Vital statistics of India. Vol. IV, Annual returns from 1871 to 1876. British Army of India, Native Army and jails of Bengal
Year: 1871
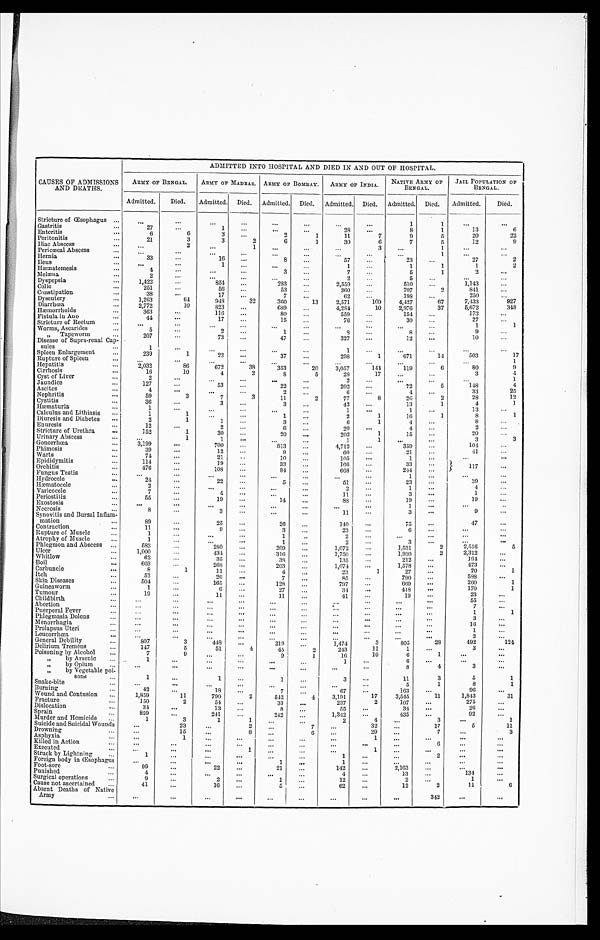
CAUSES OF ADMISSIONS
AND DEATHS.
A D M I T T E D I N T O H O S P I T A L A N D D I E D I N A N D O U T O F H O S P I T A L .
ARMY OF BENGAL.
ARMY OF MADRAS. ARMY OF BOMBAY.
ARMY OF INDIA.
NATIVE ARMY OF
BENGAL.
JAIL POPULATION
OF
BENGAL.
Admitted.
Died.
Admitted.
Died.
Admitted.
Died.
Admitted.
Died.
Admitted.
Died.
Admitted.
Died.
Stricture of Œsophagus . . .
. . .
. . .
. . .
. . .
. . .
. . .
. . .
. . .
1
1
. . .
. . .
Gastritis . . .
27
. . .
1
. . .
. . .
. . .
28
. . .
8
1
13
6
Enteritis . . .
6
6
3
. . .
2
1
11
7
9
5
20
2 2
Peritonitis . . .
21
3
3
2
6
1
30
6
7
5
12
9
Iliac Abscess . . .
. . .
2
. . .
1
. . .
. . .
. . .
3
. . .
1
. . .
. . .
Pericœcal Absces . . .
. . .
. . .
. . .
. . .
. . .
. . .
. . .
. . .
. . .
1
. . .
. . .
Hernia . . .
33
. . .
16
. . .
8
. . .
57
. . .
23
. . .
27
2
Ileus . . .
. . .
. . .
1
. . .
. . .
. . .
1
. . .
1
1
1
2
Hæmatemesis . . .
4
. . .
. . .
. . .
3
. . .
7
. . .
5
1
2
. . .
Melæna . . .
2
. . .
. . .
. . .
. . .
. . .
2
. . .
5
. . .
. . .
. . .
Dyspepsia . . .
1,422
. . .
854
. . .
283
. . .
2,559
. . .
510
. . .
1,143
. . .
Colic . . .
251
. . .
56
. . .
53
. . .
360
. . .
707
2
841
. . .
Constipation . . .
38
. . .
17
. . .
7
. . .
62
. . .
198
. . .
250
. . .
Dysentery . . .
1,263
64
948
32
360
13
2,571
109
4,427
67
7,433
927
Diarrhœa . . .
2,772
10
823
. . .
689
. . .
4,284
10
2,976
37
5,672
348
Hæmorrhoids . . .
363
. . .
116
. . .
80
. . .
559
. . .
154
. . .
173
. . .
Fistula in Ano . . .
44
. . .
17
. . .
15
. . .
76
. . .
30
. . .
27
. . .
Stricture of Rectum . . .
. . .
. . .
. . .
. . .
. . .
. . .
. . .
. . .
. . .
. . .
1
1
Worms, Ascarides . . .
5
. . .
2
. . .
1
. . .
8
. . .
8
. . .
9
. . .
" Tapeworm . . .
207
. . .
73
. . .
47
. . .
327
. . .
12
. . .
10
. . .
Disease of Supra-renal Cap-
sules . . .
1
. . .
. . .
. . .
. . .
. . .
1
. . .
. . .
. . .
. . .
. . .
Spleen Enlargement . . .
239
1
22
. . .
37
. . .
298
1
671
14
503 17
Rupture of Spleen . . .
. . .
. . .
. . .
. . .
. . .
. . .
. . .
. . .
. . .
. . .
. . .
1
Hepatitis . . .
2,032
86
672
38
353
20
3,057
144
119
6
80 9
Cirrhosis . . .
16
10
4
2
8
5
28
17
. . .
. . .
3
4
Cyst of Liver . . .
2
. . .
. . .
. . .
. . .
. . .
2
. . .
. . .
. . .
. . .
1
Jaundice . . .
127
. . .
53
. . .
22
. . .
202
. . .
72
5
148
4
Ascites . . .
4
. . .
. . .
. . .
2
. . .
6
. . .
4
. . .
3 3
2 5
Nephritis . . .
59
3
7
3
1 1
2
77
8
26
2
28
1 2
Cystitis . . .
36
. . .
3
. . .
3
. . .
42
. . .
13
1
4 1
Hæmaturia . . .
1
. . .
. . .
. . .
. . .
. . .
1
. . .
1
. . .
13
. . .
Calculus and Lithiasis . . .
1
1
. . .
. . .
1
. . .
2
1
16
1
8
1
Diuresis and Diabetes . . .
2
1
1
. . .
3
. . .
6
1
4
. . .
8
. . .
Enuresis . . .
12
. . .
2
. . .
6
. . .
20
. . .
4
. . .
2
. . .
Stricture of Urethra . . .
152
1
30
. . .
20
. . .
202
1
15
. . .
2 0
. . .
Urinary Abscess . . .
. . .
1
1
. . .
. . .
. . .
1
1
. . .
. . .
3
. . .
Gonorrhœa . . .
3,199
. . .
700
. . .
813
. . .
4,712
. . .
359
. . .
104
. . .
Phimosis . . .
39
. . .
12
. . .
9
. . .
60
. . .
21
. . .
41
. . .
Warts . . .
74
. . .
21
. . .
10
. . .
105
. . .
1
. . .
. . .
. . .
Epididymitis . . .
114
. . .
19
. . .
33
. . .
166
. . .
33
. . .
117
. . .
Orchitis . . .
476
. . .
108
. . .
84
. . .
668
. . .
244
. . .
Fungus Testis . . .
. . .
. . .
. . .
. . .
. . .
. . .
. . .
. . .
1
. . .
. . .
. . .
Hydrocele . . .
24
. . .
2 2
. . .
5
. . .
51
. . .
23
. . .
39
. . .
Hæmatocele . . .
2
. . .
. . .
. . .
. . .
. . .
2
. . .
1
. . .
4
. . .
V a r i c o c e l e . . .
7
. . .
4
. . .
. . .
. . .
11
. . .
3
. . .
1
. . .
Periostitis . . .
55
. . .
19
. . .
14
. . .
88
. . .
19
. . .
19
. . .
Exostosis . . .
. . .
. . .
. . .
. . .
. . .
. . .
. . .
. . .
1
. . .
. . .
. . .
Necrosis . . .
8
. . .
3
. . .
. . .
. . .
11
. . .
3
. . .
9 . . .
Synovitis and Bursal Inflam
-
mation . . .
89
. . .
25
. . .
26
. . .
140
. . .
75
. . .
47 . . .
Contraction . . .
11
. . .
9
. . .
3
. . .
23
. . .
6
. . .
. . .
. . .
Rupture of Muscle . . .
1
. . .
. . .
. . .
1
. . .
2
. . .
. . .
. . .
. . .
. . .
Atrophy of Muscle . . .
1
. . .
. . .
. . .
1
. . .
2
. . .
3
. . .
. . .
. . .
Phlegmon and Abscess . . .
583
. . .
280
. . .
209
. . .
1,072
. . .
1,531
2
2,516 5
Ulcer . . .
1,000
. . .
434
. . .
316
. . .
1,750
. . .
1,930
2
2,312
. . .
Whitlow . . .
62
. . .
35
. . .
38
. . .
1 3 5
. . .
212
. . .
194
. . .
Boil . . .
603
. . .
268
. . .
203
. . .
1,074
. . .
1,578
. . .
4 7 3
. . .
Carbuncle . . .
8
1
11
. . .
4
. . .
23
1
27
. . .
7 0
1
Itch \. . .
52
. . .
26
. . .
7
. . .
85
. . .
790
. . .
5 8 8
. . .
Skin Diseases . . .
504
. . .
165
. . .
128
. . .
797
. . .
669
. . .
260
1
Guineaworm . . .
1
. . .
6
. . .
27
. . .
34
. . .
418
. . .
1 7 0 1
Tumour . . .
19
. . .
11
. . .
11
. . .
41
. . .
19
. . .
2 3
. . .
Childbirth . . .
. . .
. . .
. . .
. . .
. . .
. . .
. . .
. . .
. . .
. . .
55
. . .
Abortion . . .
. . .
. . .
. . .
. . .
. . .
. . .
. . .
. . .
. . .
. . .
7
. . .
Puerperal Fever . . .
. . .
. . .
. . .
. . .
. . .
. . .
. . .
. . .
. . .
. . .
1 1
Phlegmasia Dolens . . .
. . .
. . .
. . .
. . .
. . .
. . .
. . .
. . .
. . .
. . .
3
. . .
Menorrhagia . . .
. . .
. . .
. . .
. . .
. . .
. . .
. . .
. . .
. . .
. . .
1 6
. . .
Prolapsus Uteri . . .
. . .
. . .
. . .
. . .
. . .
. . .
. . .
. . .
. . .
. . .
1
. . .
Leucorrhœa . . .
. . .
. . .
. . .
. . .
. . .
. . .
. . .
. . .
. . .
. . .
2
. . .
General Debility . . .
807
3
448
. . .
219
. . .
1,474
3
805
28
492
124
Delirium Tremens . . .
1 4 7
5
51
4
45
2
243
11
1
. . .
3
. . .
Poisoning by Alcohol . . .
7
9
. . .
. . .
9
1
16
10
6
1
. . .
. . .
" by Arsenic . . .
1
. . .
. . .
. . .
. . . . . .
1
. . .
6
. . .
. . .
. . .
" by Opium . . .
. . .
. . .
. . .
. . .
. . .
. . .
. . .
. . .
8
4
3
. . .
" by Vegetable poi-
s o n s . . .
1
. . .
1
. . .
1
. . .
3
. . .
11
3
5
1
Snake-bite . . .
. . .
. . .
. . .
. . .
. . .
. . .
. . .
. . .
5
1
8
1
Burning . . .
42
. . .
18
. . .
7
. . .
67
. . .
163
. . .
96
. . .
Wound and Contusion . . .
1,859
11
790
2
542
4
3,191
17
3,545
11
1,843
31
Fracture . . .
150
2
54
. . .
33
. . .
237
2
1 0 7
. . .
275
. . .
Dislocation . . .
34
. . .
13
. . .
8
. . .
55
. . .
34
. . .
2 6
. . .
Sprain . . .
859
. . .
241
. . .
242
. . .
1,342
. . .
435
. . .
92
. . .
Murder and Homicide . . .
1
3
1
1
. . .
. . .
2
4
. . .
3
. . .
1
Suicide and Suicidal Wounds . . .
. . .
23
. . .
2
. . .
7
. . .
32
. . .
17
5
1 1
Drowning . . .
. . .
15
. . .
8
. . .
6
. . .
29
. . .
7
. . .
3
Asphyxia . . .
. . .
1
. . .
. . .
. . . . . .
. . .
1
. . .
. . .
. . .
. . .
Killed in Action . . .
. . .
. . .
. . .
. . .
. . .
. . .
. . .
. . .
. . .
6
. . .
. . .
Executed . . .
. . .
. . .
. . .
1
. . .
. . .
. . .
1
. . .
. . .
. . .
. . .
Struck by Lightning . . .
1
. . .
. . .
. . .
. . .
. . .
1
. . .
. . .
2
. . .
. . .
Foreign body in Œsophagus . . .
. . .
. . .
. . .
. . .
1
. . .
1
. . .
. . .
. . .
. . .
. . .
Foot-sore . . .
99
. . .
22
. . .
21
. . .
142
. . .
2,163
. . .
. . .
. . .
Punished . . .
4
. . .
. . .
. . .
. . .
. . .
4
. . .
13
. . .
134
. . .
Surgical operations . . .
9
. . .
2
. . .
1
. . .
12
. . .
2
. . .
1
. . .
Cause not ascertained . . .
41
. . .
16
. . .
5 . . .
62
. . .
12
2
1 1 6
Absent Deaths of Native
Army
. . .
. . .
. . .
. . . . . .
. . . . . .
. . .
. . .
. . .
342
. . .
. . .